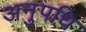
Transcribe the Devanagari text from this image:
अनुपधि